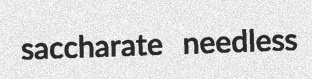
saccharate needless